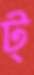
ট্